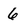
Character: 6